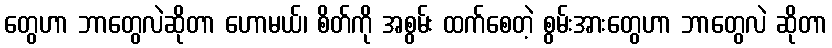
တွေဟာ ဘာတွေလဲဆိုတာ ဟောမယ်၊ စိတ်ကို အစွမ်း ထက်စေတဲ့ စွမ်းအားတွေဟာ ဘာတွေလဲ ဆိုတာ